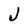
Character: J